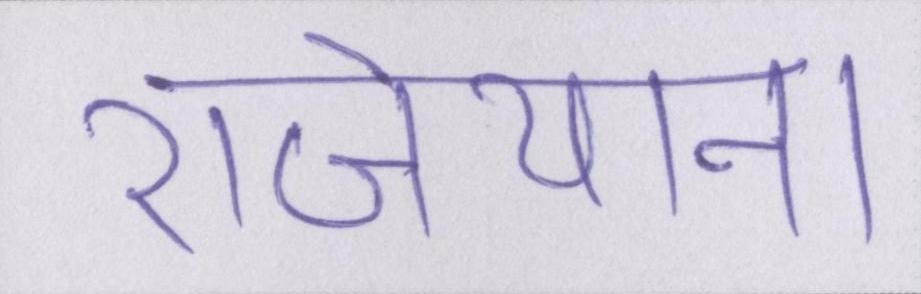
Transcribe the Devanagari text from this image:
राजेयाना